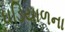
ઘડિયાળના